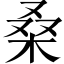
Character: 桑